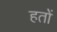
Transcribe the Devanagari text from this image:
हतों